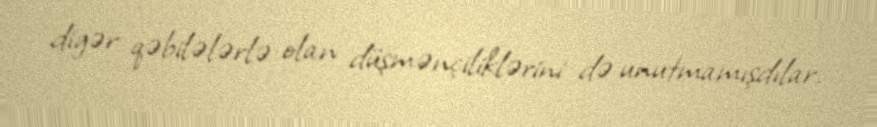
digər qəbilələrlə olan düşmənçiliklərini də unutmamışdılar.